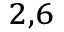
^ { 2 , 6 }